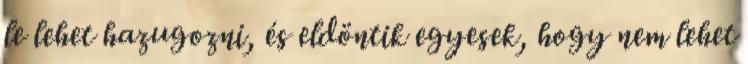
le lehet hazugozni, és eldöntik egyesek, hogy nem lehet